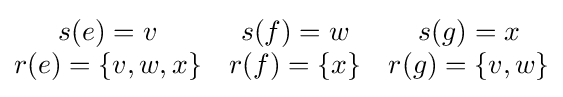
{\begin{matrix}s(e)=v&s(f)=w&s(g)=x\\r(e)=\{v,w,x\}&r(f)=\{x\}&r(g)=\{v,w\}\end{matrix}}